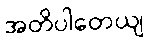
အတိပါတေယျ